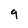
Character: 9